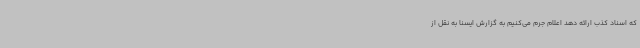
که اسناد کذب ارائه دهد اعلام جرم می‌کنیم به گزارش ایسنا به نقل از